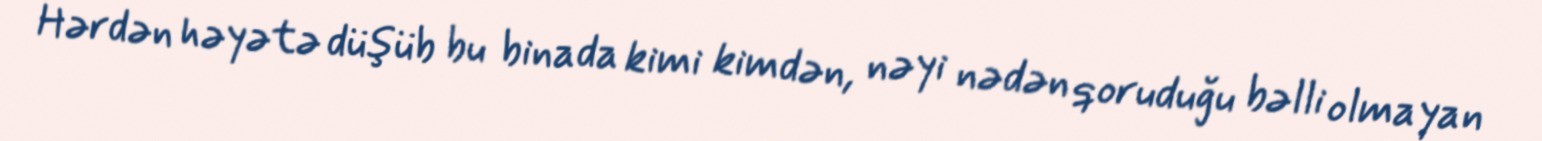
Hərdən həyətə düşüb bu binada kimi kimdən, nəyi nədən qoruduğu bəlli olmayan